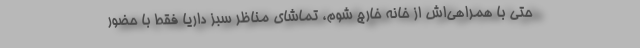
حتی با همراهی‌اش از خانه خارج شوم، تماشای مناظر سبز داریا فقط با حضور